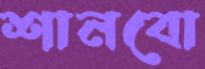
শানবো